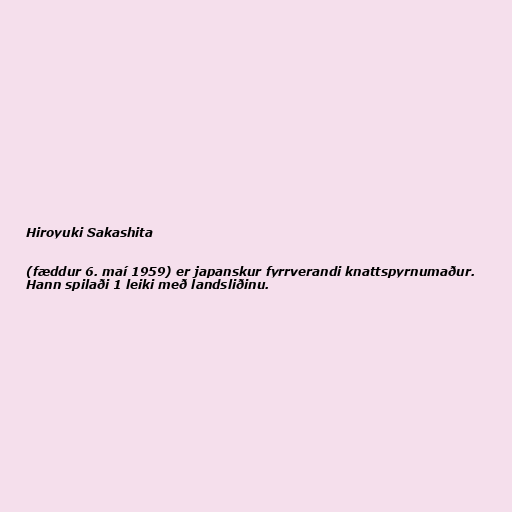
Hiroyuki Sakashita

(fæddur 6. maí 1959) er japanskur fyrrverandi knattspyrnumaður.
Hann spilaði 1 leiki með landsliðinu.